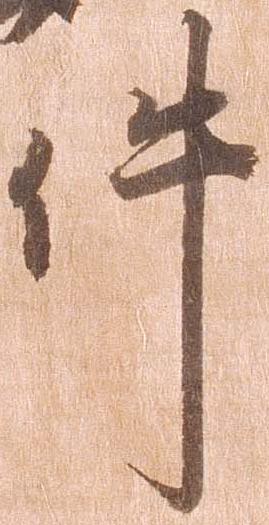
件